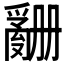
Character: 𬋶